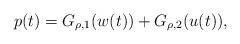
LaTeX: \begin{align*}p(t)=G_{\rho ,1}(w(t))+G_{\rho ,2}(u(t)), \end{align*}